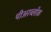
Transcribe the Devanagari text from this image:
पीअरब्लॉक